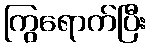
ကြွရောက်ပြီး